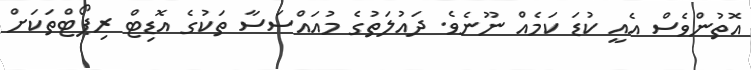
އޮތުންވެސް އެއީ ކުޑަ ކަމެއް ނޫނެވެ. ދައުލަތުގެ މުއައްސަސާ ތަކުގެ އޮޑިޓް ރިޕޯޓްތަކަށް